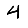
Digit: 4